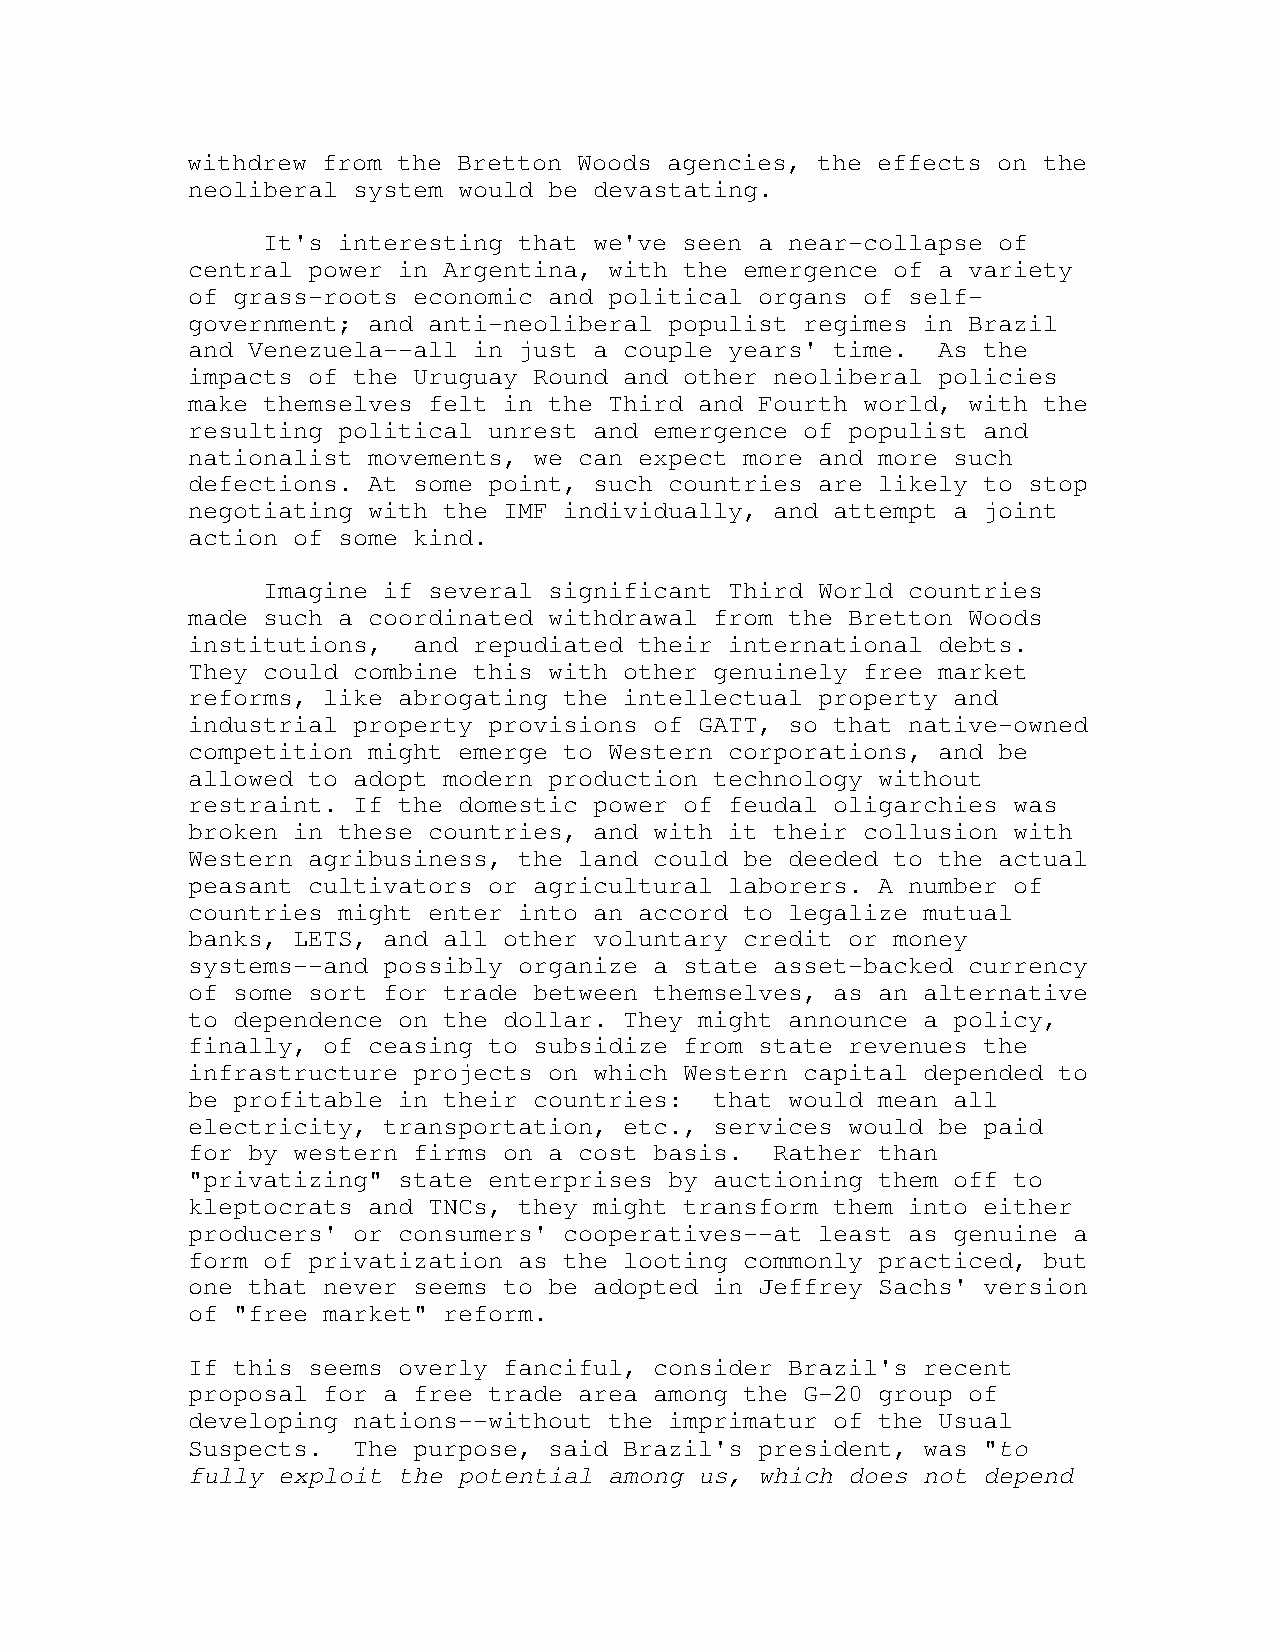
withdrew from the Bretton Woods agencies, the effects on the
 neoliberal system would be devastating.
 It's interesting that we've seen a near-collapse of
 central power in Argentina, with the emergence of a variety
 of grass-roots economic and political organs of self-
 government; and anti-neoliberal populist regimes in Brazil
 and Venezuela--all in just a couple years' time.  As the
 impacts of the Uruguay Round and other neoliberal policies
 make themselves felt in the Third and Fourth world, with the
 resulting political unrest and emergence of populist and
 nationalist movements, we can expect more and more such
 defections. At some point, such countries are likely to stop
 negotiating with the IMF individually, and attempt a joint
 action of some kind.
 Imagine if several significant Third World countries
 made such a coordinated withdrawal from the Bretton Woods
 institutions,  and repudiated their international debts.
 They could combine this with other genuinely free market
 reforms, like abrogating the intellectual property and
 industrial property provisions of GATT, so that native-owned
 competition might emerge to Western corporations, and be
 allowed to adopt modern production technology without
 restraint. If the domestic power of feudal oligarchies was
 broken in these countries, and with it their collusion with
 Western agribusiness, the land could be deeded to the actual
 peasant cultivators or agricultural laborers. A number of
 countries might enter into an accord to legalize mutual
 banks, LETS, and all other voluntary credit or money
 systems--and possibly organize a state asset-backed currency
 of some sort for trade between themselves, as an alternative
 to dependence on the dollar. They might announce a policy,
 finally, of ceasing to subsidize from state revenues the
 infrastructure projects on which Western capital depended to
 be profitable in their countries:  that would mean all
 electricity, transportation, etc., services would be paid
 for by western firms on a cost basis.  Rather than
 "privatizing" state enterprises by auctioning them off to
 kleptocrats and TNCs, they might transform them into either
 producers' or consumers' cooperatives--at least as genuine a
 form of privatization as the looting commonly practiced, but
 one that never seems to be adopted in Jeffrey Sachs' version
 of "free market" reform.
 If this seems overly fanciful, consider Brazil's recent
 proposal for a free trade area among the G-20 group of
 developing nations--without the imprimatur of the Usual
 Suspects.  The purpose, said Brazil's president, was "to
 fully exploit the potential among us, which does not depend